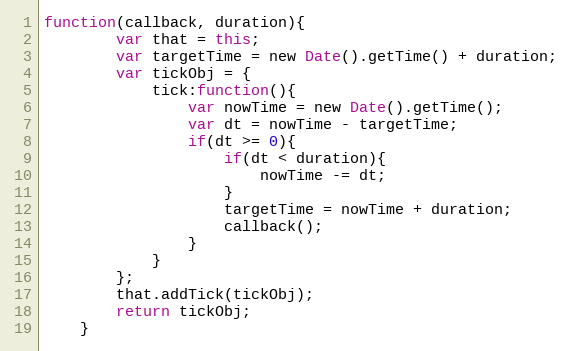
Language: JavaScript
function(callback, duration){
        var that = this;
        var targetTime = new Date().getTime() + duration;
        var tickObj = {
            tick:function(){
                var nowTime = new Date().getTime();
                var dt = nowTime - targetTime;
                if(dt >= 0){
                    if(dt < duration){
                        nowTime -= dt;
                    }
                    targetTime = nowTime + duration;
                    callback();
                }
            }
        };
        that.addTick(tickObj);
        return tickObj;
    }